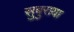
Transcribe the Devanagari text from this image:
सुबुराया